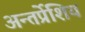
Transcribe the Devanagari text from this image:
अन्तर्प्रेशिय